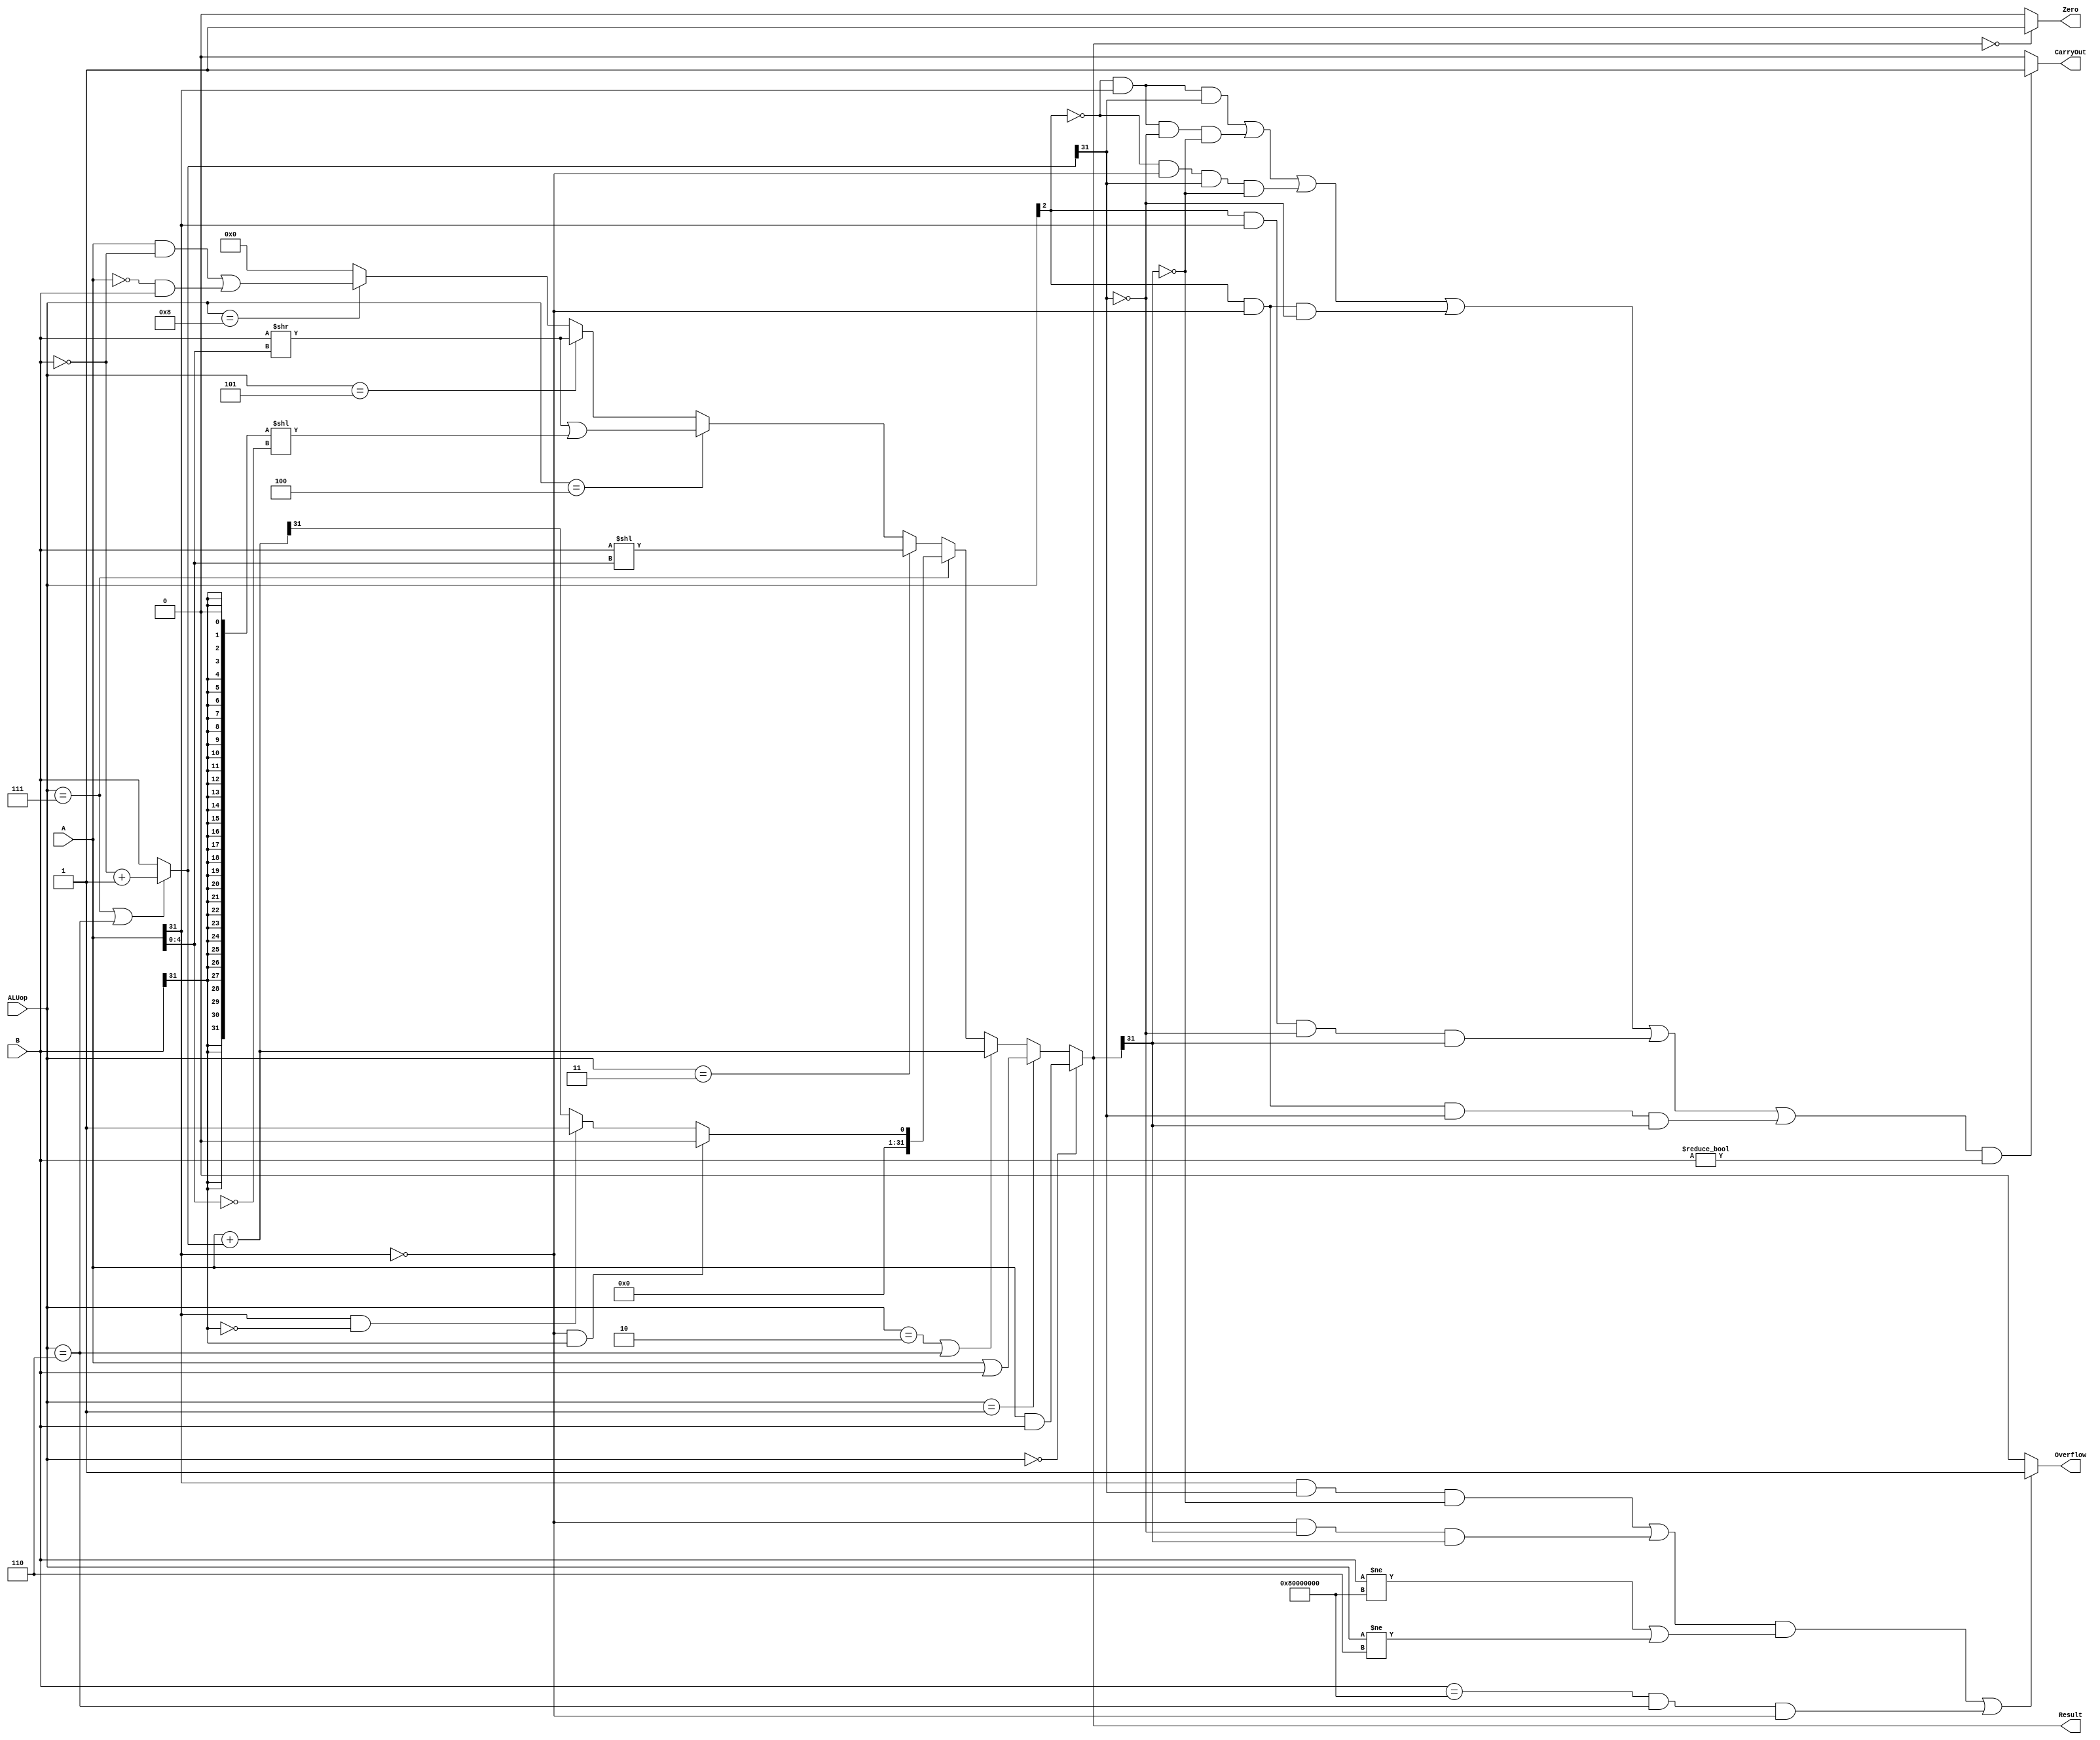
`timescale 10 ns / 1 ns

`define DATA_WIDTH 32
module alu(
	input [`DATA_WIDTH - 1:0] A,
	input [`DATA_WIDTH - 1:0] B,
	input [3:0] ALUop,
	output Overflow,
	output CarryOut,
	output Zero,
	output [`DATA_WIDTH - 1:0] Result
);

	//result of 'or''and'
	wire [`DATA_WIDTH - 1:0] aorb;
	wire [`DATA_WIDTH - 1:0] aandb;
	assign aorb=A|B;
	assign aandb=A&B;
	//result of sub,plus
	wire [`DATA_WIDTH - 1:0] bused;
	assign bused=(ALUop==4'b0111 || ALUop==4'b0110)?(~B+1):B;//for sub and slt,use complement of b
	wire [`DATA_WIDTH - 1:0] aplusbused;
	assign aplusbused=A+bused;
	//result of slt
	wire [`DATA_WIDTH -1:0] avsb;
	assign avsb=(A[`DATA_WIDTH-1]==0 && B[`DATA_WIDTH-1]==1)?0:
			    (A[`DATA_WIDTH-1]==1 && B[`DATA_WIDTH-1]==0)?1:
				{31'b0, aplusbused[`DATA_WIDTH-1]};
	//result of shift
	wire [31:0] b_shift_left_by_a;
	assign b_shift_left_by_a=(B<< (A[4:0]));  //a[4:0]=a%32
	//result of arithmetically shift right
	wire [31:0] b_shift_arith_right_by_a;
	assign b_shift_arith_right_by_a=( (B>>(A[4:0])) | ({{31{B[31]}},1'b0} << (~(A[4:0]))) ); 
    //result of logically shift right
	wire [31:0] b_shift_logic_right_by_a;
	assign b_shift_logic_right_by_a=(B>>(A[4:0]));
	//result of exclusive or
	wire [31:0] axorb;
	assign axorb=(A&(~B))|((~A)&B);
	//decide the result
	assign Result=(ALUop==4'b0000)?aandb:
		          (ALUop==4'b0001)?aorb:
				  (ALUop==4'b0010 || ALUop==4'b0110)?aplusbused:
				  (ALUop==4'b0111)?avsb:
				  (ALUop==4'b0011)?b_shift_left_by_a:
				  (ALUop==4'b0100)?b_shift_arith_right_by_a:
				  (ALUop==4'b0101)?b_shift_logic_right_by_a:
				  (ALUop==4'b1000)?axorb:
				  0;
	//decide the zero
	assign Zero=(Result==0)?1:0;
	//decide the overflow
	assign Overflow=((((A[`DATA_WIDTH-1]&&bused[`DATA_WIDTH-1]&&~Result[`DATA_WIDTH-1]) || (~A[`DATA_WIDTH-1]&&~bused[`DATA_WIDTH-1]&&Result[`DATA_WIDTH-1]))&&(B!=32'h80000000|| ALUop!=4'b0110))
			||(B==32'h80000000 && ALUop==4'b0110 && A[`DATA_WIDTH-1]==0))
	?1:0;
	//decide the carryout
	assign CarryOut=(((~ALUop[2]&&A[`DATA_WIDTH-1]&&bused[`DATA_WIDTH-1]) || (~ALUop[2]&&A[`DATA_WIDTH-1]&&~bused[`DATA_WIDTH-1]&&~Result[`DATA_WIDTH-1])
			|| (~ALUop[2]&&~A[`DATA_WIDTH-1]&&bused[`DATA_WIDTH-1]&&~Result[`DATA_WIDTH-1])
			|| (ALUop[2]&&~A[`DATA_WIDTH-1]&&~bused[`DATA_WIDTH-1]) || (ALUop[2]&&A[`DATA_WIDTH-1]&&~bused[`DATA_WIDTH-1]&&Result[`DATA_WIDTH-1])
			|| (ALUop[2]&&~A[`DATA_WIDTH-1]&&bused[`DATA_WIDTH-1]&&Result[`DATA_WIDTH-1])
	)&&(B!=0))?1:0;//handle the situation b==0 seperatly
endmodule